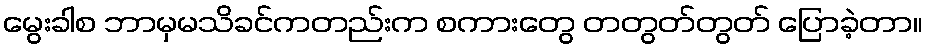
မွေးခါစ ဘာမှမသိခင်ကတည်းက စကားတွေ တတွတ်တွတ် ပြောခဲ့တာ။